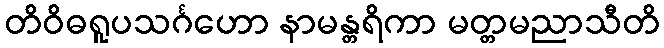
တိဝိဓရူပသင်္ဂဟော နာမန္တရိကာ မတ္တမညာသီတိ